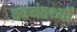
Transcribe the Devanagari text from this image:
स्वयंतथ्यों